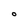
Character: O